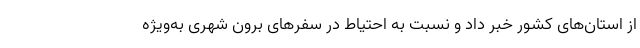
از استان‌های کشور خبر داد و نسبت به احتیاط در سفرهای برون شهری به‌ویژه